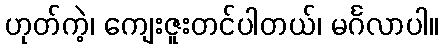
ဟုတ်ကဲ့၊ ကျေးဇူးတင်ပါတယ်၊ မင်္ဂလာပါ။